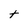
Character: t